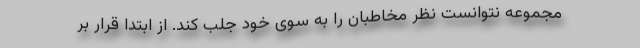
مجموعه نتوانست نظر مخاطبان را به سوی خود جلب کند. از ابتدا قرار بر